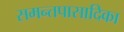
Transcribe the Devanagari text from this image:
समन्तपासादिका